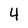
Character: 4